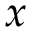
x